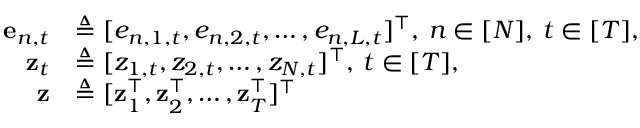
\begin{array} { r l } { \mathbf { e } _ { n , t } } & { \triangleq [ e _ { n , 1 , t } , e _ { n , 2 , t } , \hdots , e _ { n , L , t } ] ^ { \intercal } , \: n \in [ N ] , \: t \in [ T ] , } \\ { \mathbf { z } _ { t } } & { \triangleq [ z _ { 1 , t } , z _ { 2 , t } , \hdots , z _ { N , t } ] ^ { \intercal } , \: t \in [ T ] , } \\ { \mathbf { z } } & { \triangleq [ \mathbf { z } _ { 1 } ^ { \intercal } , \mathbf { z } _ { 2 } ^ { \intercal } , \hdots , \mathbf { z } _ { T } ^ { \intercal } ] ^ { \intercal } \: } \end{array}